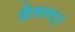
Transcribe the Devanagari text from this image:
ओडबर्ट